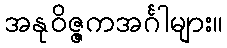
အနုဝိဇ္ဇကအင်္ဂါများ။